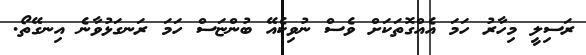
ރަސިލީ މިހާރު ހަމަ އެއްގޮތަކަށް ވެސް ނުވިކެއޭ ބުންޏަސް ހަމަ ރަނގަޅުވާނެ އިނގޭތޯ.